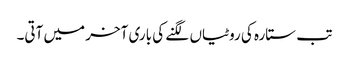
تب ستارہ کی روٹیاں لگنے کی باری آخر میں آتی۔